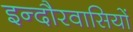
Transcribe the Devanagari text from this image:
इन्दौरवासियों